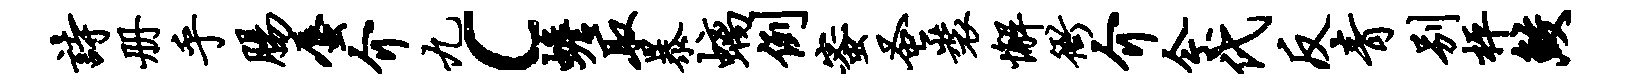
诗册乎肠蜃介九c蟾取暴螭例蜜蚤装懈衙介今代反青别枰鲛